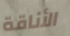
الأناقة